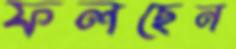
ফলছেন